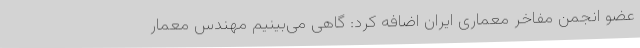
عضو انجمن مفاخر معماری ایران اضافه کرد: گاهی می‌بینیم مهندس معمار